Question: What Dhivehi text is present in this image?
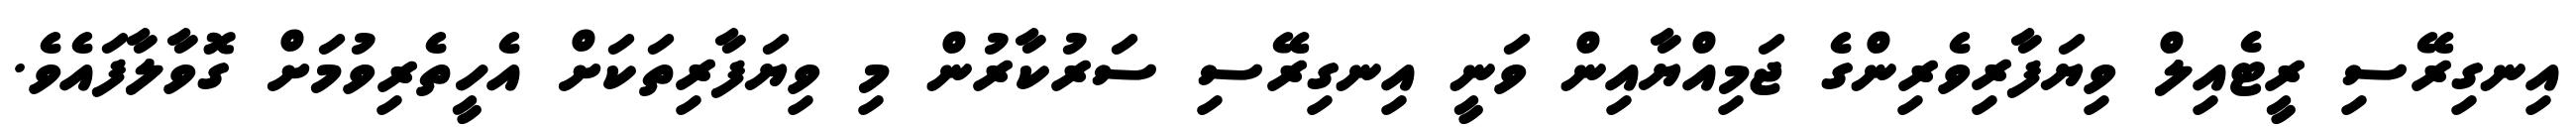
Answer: އިނގިރޭސި ރީޓެއިލް ވިޔަފާރިވެރިންގެ ޖަމިއްޔާއިން ވަނީ އިނގިރޭސި ސަރުކާރުން މި ވިޔަފާރިތަކަށް އެހީތެރިވުމަށް ގޮވާލާފައެވެ.